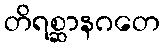
တိရစ္ဆာနဂတေ